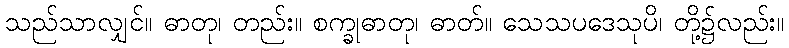
သည်သာလျှင်။ ဓာတု၊ တည်း။ စက္ခုဓာတု၊ ဓာတ်။ သေသပဒေသုပိ၊ တို့၌လည်း။